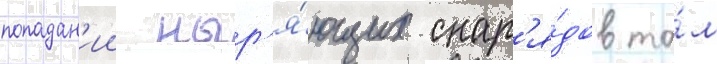
попадан'ии ныр'я́ющих снар'я́дов та́м